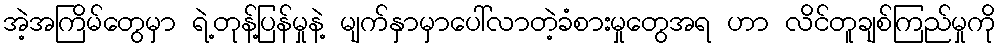
အဲ့အကြိမ်တွေမှာ ရဲ့တုန့်ပြန်မှုနဲ့ မျက်နှာမှာပေါ်လာတဲ့ခံစားမှုတွေအရ ဟာ လိင်တူချစ်ကြည်မှုကို